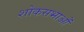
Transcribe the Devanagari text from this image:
शोकसभाओं